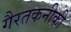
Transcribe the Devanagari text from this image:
गैरतकनीकी